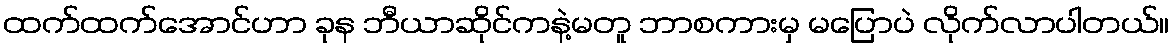
ထက်ထက်အောင်ဟာ ခုန ဘီယာဆိုင်ကနဲ့မတူ ဘာစကားမှ မပြောပဲ လိုက်လာပါတယ်။